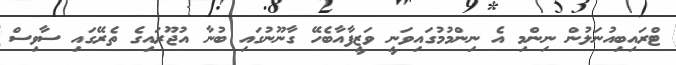
ޓްރައިބިއުނަލުން ނިންމި އެ ނިންމުމުގައިވަނީ ވަޒީފާއާބެހޭ ގާނޫނުގައި ބުނާ އުޖޫރައިގެ ތެރޭގައި ސާވިސް